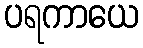
ပရကာယေ